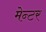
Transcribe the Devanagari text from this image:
मेन्टर